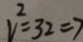
V ^ { 2 } = 3 2 = 7